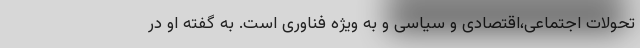
تحولات اجتماعی،اقتصادی و سیاسی و به ویژه فناوری است. به گفته او در